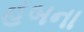
હબના